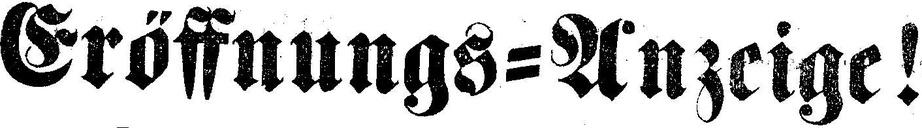
Eröffnungs=Anzeige!